Report on the working of the mental hospitals for Indians in Bihar and Orissa - 1925-1929
Year: 1925
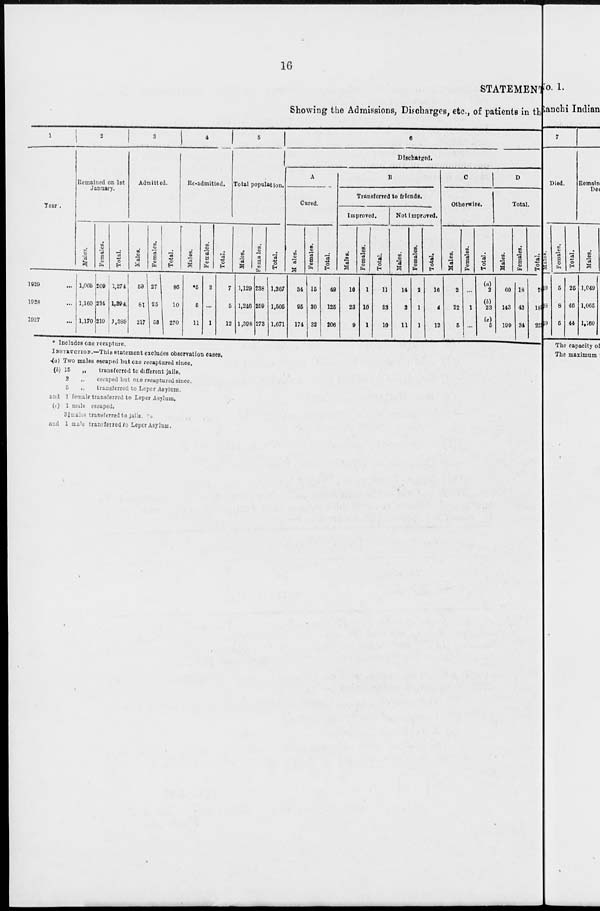
16
STATEMENT
Showing the Admissions, Discharges, etc., of patients in the
1
Year.
1929 ...
1928 ...
1927 ...
2
Remained on 1st
January.
Males.
1,065
1,160
1,170
Females.
209
234
219
Total.
1,274
1,394
1,389
3
Admitted.
Males.
59
81
217
Females.
27
25
53
Total.
86
10
270
4
Re-admitted.
Males.
*5
5
11
Females.
2
...
1
Total.
7
5
12
5
Total population.
Males.
1,129
1,246
1,398
Females.
238
259
273
Total.
1,367
1,505
1,671
6
Discharged.
A
Cured.
Males.
34
95
174
Females.
15
30
32
Total.
49
125
206
B
Transferred to friends.
Improved.
Malts.
10
23
9
Females.
1
10
1
Total.
11
33
10
Not improved.
Males.
14
3
11
Females.
2
1
1
Total.
16
4
12
C
Otherwise.
Males.
2
22
5
Females.
...
1
...
Total.
(a)
2
(b)
23
(c)
5
D
Total.
Males.
60
143
199
Females.
18
42
34
Total.
79
185
233
* Includes one recapture.
INSTRUCTION.—This statement excludes observation cases.
(a) Two males escaped but one recaptured since.
(b) 15
„
transferred to different jails.
2 „ escaped but one recaptured since.
5
„
transferred to Leper Asylum.
and 1 female transferred to Leper Asylum.
(c) 1 male escaped.
3 male transferred to jails.
and 1 male transferred to Leper Asylum.